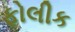
ફોલીક